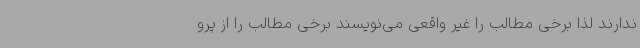
ندارند لذا برخی مطالب را غیر واقعی می‌نویسند برخی مطالب را از پرو